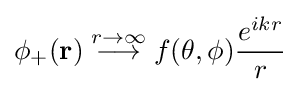
\phi _{+}(\mathbf {r} )\;{\stackrel {r\to \infty }{\longrightarrow }}\;f(\theta ,\phi ){\frac {e^{ikr}}{r}}